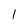
Character: 1